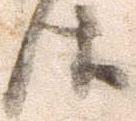
件